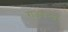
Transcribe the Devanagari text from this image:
राजकन्यांचे